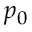
p _ { 0 }